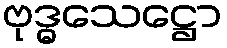
ဗုဒ္ဓသေဋ္ဌော